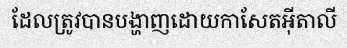
ដែលត្រូវបានបង្ហាញដោយកាសែតអ៊ីតាលី